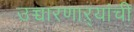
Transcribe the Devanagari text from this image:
उच्चारणाऱ्यांची